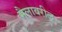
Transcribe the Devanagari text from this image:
मैलावरील